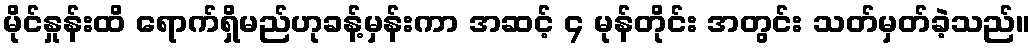
မိုင်နှုန်းထိ ရောက်ရှိမည်ဟုခန့်မှန်းကာ အဆင့် ၄ မုန်တိုင်း အတွင်း သတ်မှတ်ခဲ့သည်။